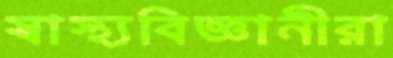
স্বাস্থ্যবিজ্ঞানীরা